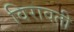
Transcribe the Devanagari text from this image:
विरावती